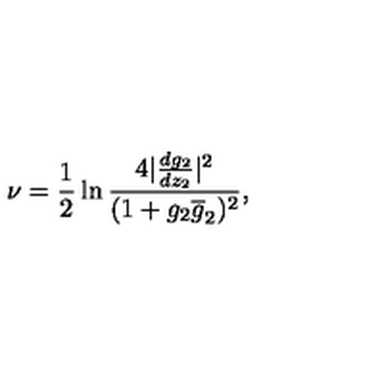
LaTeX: \nu = \frac { 1 } { 2 } \ln \frac { 4 | \frac { d g _ { 2 } } { d z _ { 2 } } | ^ { 2 } } { ( 1 + g _ { 2 } \overline { { g } } _ { 2 } ) ^ { 2 } } ,